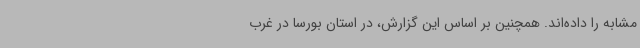
مشابه را داده‌اند. همچنین بر اساس این گزارش، در استان بورسا در غرب